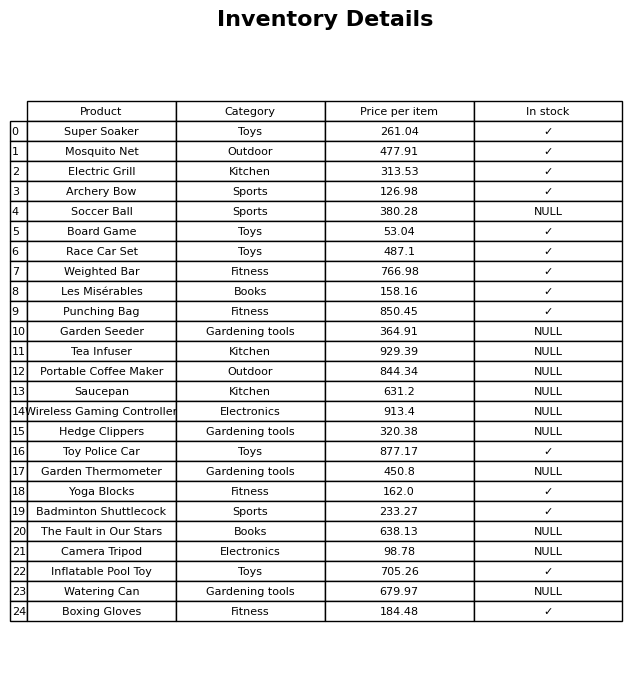
question: What is the price of the Boxing Gloves?
answer: The price of Boxing Gloves is 184.48.